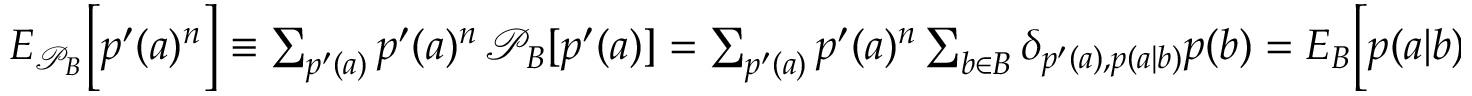
\begin{array} { r } { { E } _ { \mathcal { P } _ { B } } \Big [ p ^ { \prime } ( a ) ^ { n } \Big ] \equiv \sum _ { p ^ { \prime } ( a ) } p ^ { \prime } ( a ) ^ { n } \, \mathcal { P } _ { B } [ p ^ { \prime } ( a ) ] = \sum _ { p ^ { \prime } ( a ) } p ^ { \prime } ( a ) ^ { n } \sum _ { b \in B } \delta _ { p ^ { \prime } ( a ) , p ( a | b ) } p ( b ) = { E } _ { B } \Big [ p ( a | b ) ^ { n } \Big ] , } \end{array}